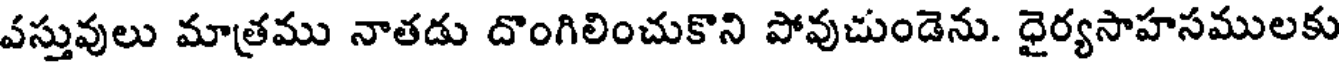
వస్తువులు మాత్రము నాతడు దొంగిలించుకొని పోవుచుండెను. ధైర్యసాహసములకు